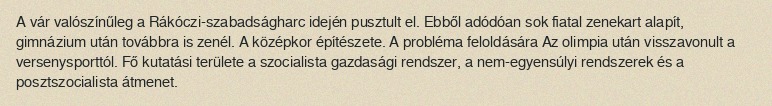
A vár valószínűleg a Rákóczi-szabadságharc idején pusztult el. Ebből adódóan sok fiatal zenekart alapít, gimnázium után továbbra is zenél. A középkor építészete. A probléma feloldására Az olimpia után visszavonult a versenysporttól. Fő kutatási területe a szocialista gazdasági rendszer, a nem-egyensúlyi rendszerek és a posztszocialista átmenet.